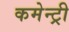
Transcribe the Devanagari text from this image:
कमेन्ट्री